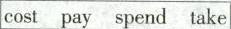
cost pay spend take